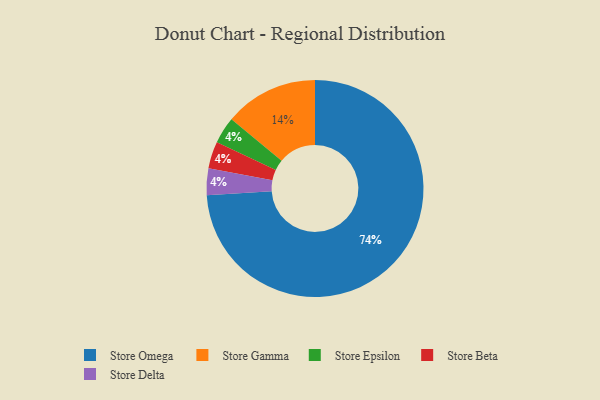
{"axis": {"x": "Category", "y": "Percentage"}, "legend": ["Store Beta", "Store Delta", "Store Epsilon", "Store Gamma", "Store Omega"], "data": [{"x": "Store Gamma", "y": 14, "type": "Store Gamma"}, {"x": "Store Epsilon", "y": 4, "type": "Store Epsilon"}, {"x": "Store Omega", "y": 74, "type": "Store Omega"}, {"x": "Store Beta", "y": 4, "type": "Store Beta"}, {"x": "Store Delta", "y": 4, "type": "Store Delta"}]}